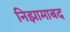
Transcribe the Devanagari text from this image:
निझामाबद